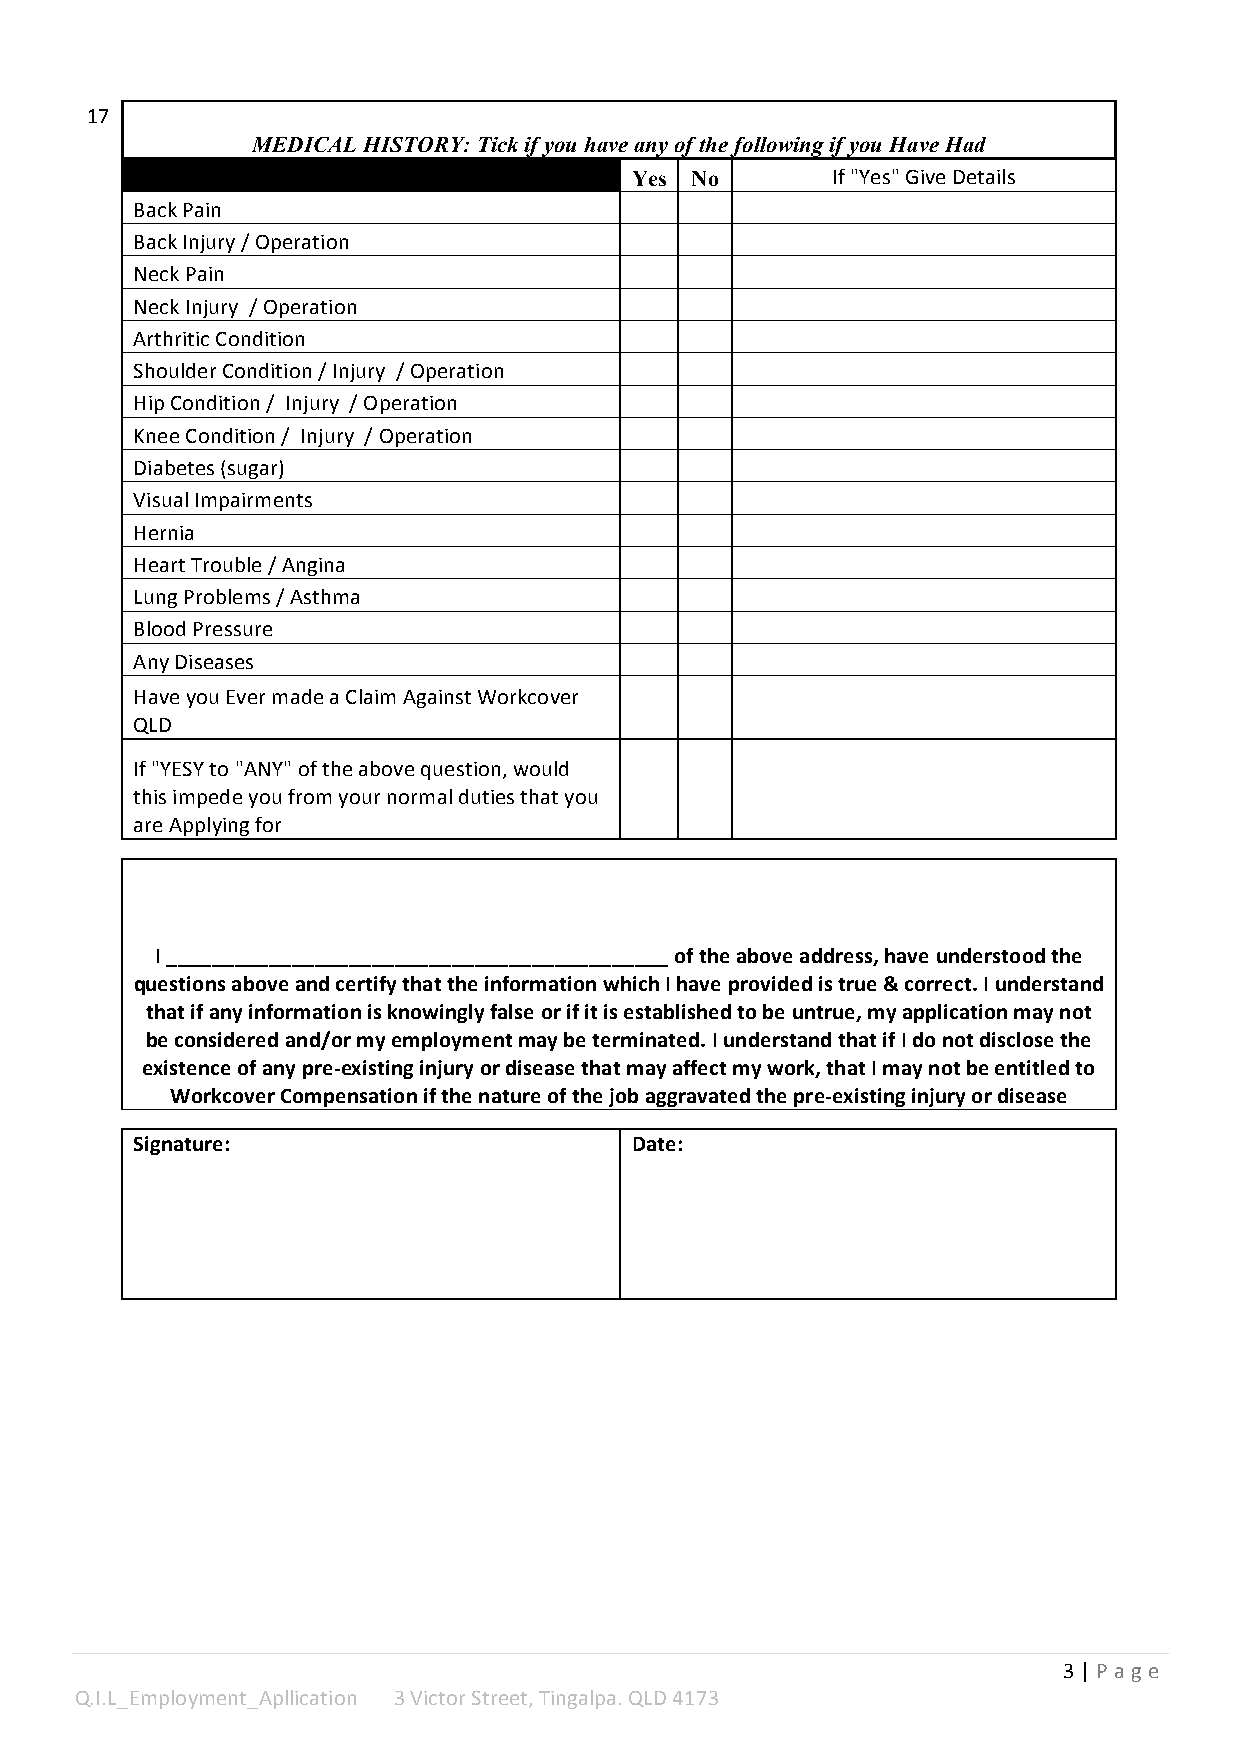
17
 MEDICAL HISTORY: Tick if you have any of the following if you Have Had
 Yes No       If "Yes" Give Details
 Back Pain
 Back Injury / Operation
 Neck Pain
 Neck Injury / Operation
 Arthritic Condition
 Shoulder Condition / Injury / Operation
 Hip Condition / Injury / Operation
 Knee Condition / Injury / Operation
 Diabetes (sugar)
 Visual Impairments
 Hernia
 Heart Trouble / Angina
 Lung Problems / Asthma
 Blood Pressure
 Any Diseases
 Have you Ever made a Claim Against Workcover
 QLD
 If "YESY to "ANY" of the above question, would
 this impede you from your normal duties that you
 are Applying for
 I ____________________________________________ of the above address, have understood the
 questions above and certify that the information which I have provided is true & correct. I understand
 that if any information is knowingly false or if it is established to be untrue, my application may not
 be considered and/or my employment may be terminated. I understand that if I do not disclose the
 existence of any pre-­‐existing injury or disease that may affect my work, that I may not be entitled to
 Workcover Compensation if the nature of the job aggravated the pre-­‐existing injury or disease
 Signature:                       Date:
 3 | P a g e
 Q.I.L_Employment_Apllication 3 Victor Street, Tingalpa. QLD 4173